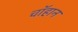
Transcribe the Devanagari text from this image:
चॉहान